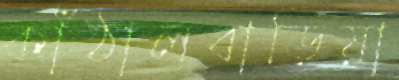
কাঁঠালবাড়িয়া